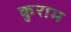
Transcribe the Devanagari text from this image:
कुराम